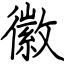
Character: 徽